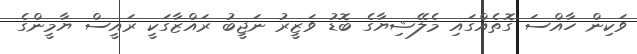
ވަކިން ހާއްސަ ގޮތެއްގައި މެލޭޝިޔާގެ ބޮޑު ވަޒީރު ނަޖީބު ރައްޒާގަކީ ރައީސް ޔާމީންގެ